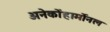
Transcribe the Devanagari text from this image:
अनेकोंहार्मोनल